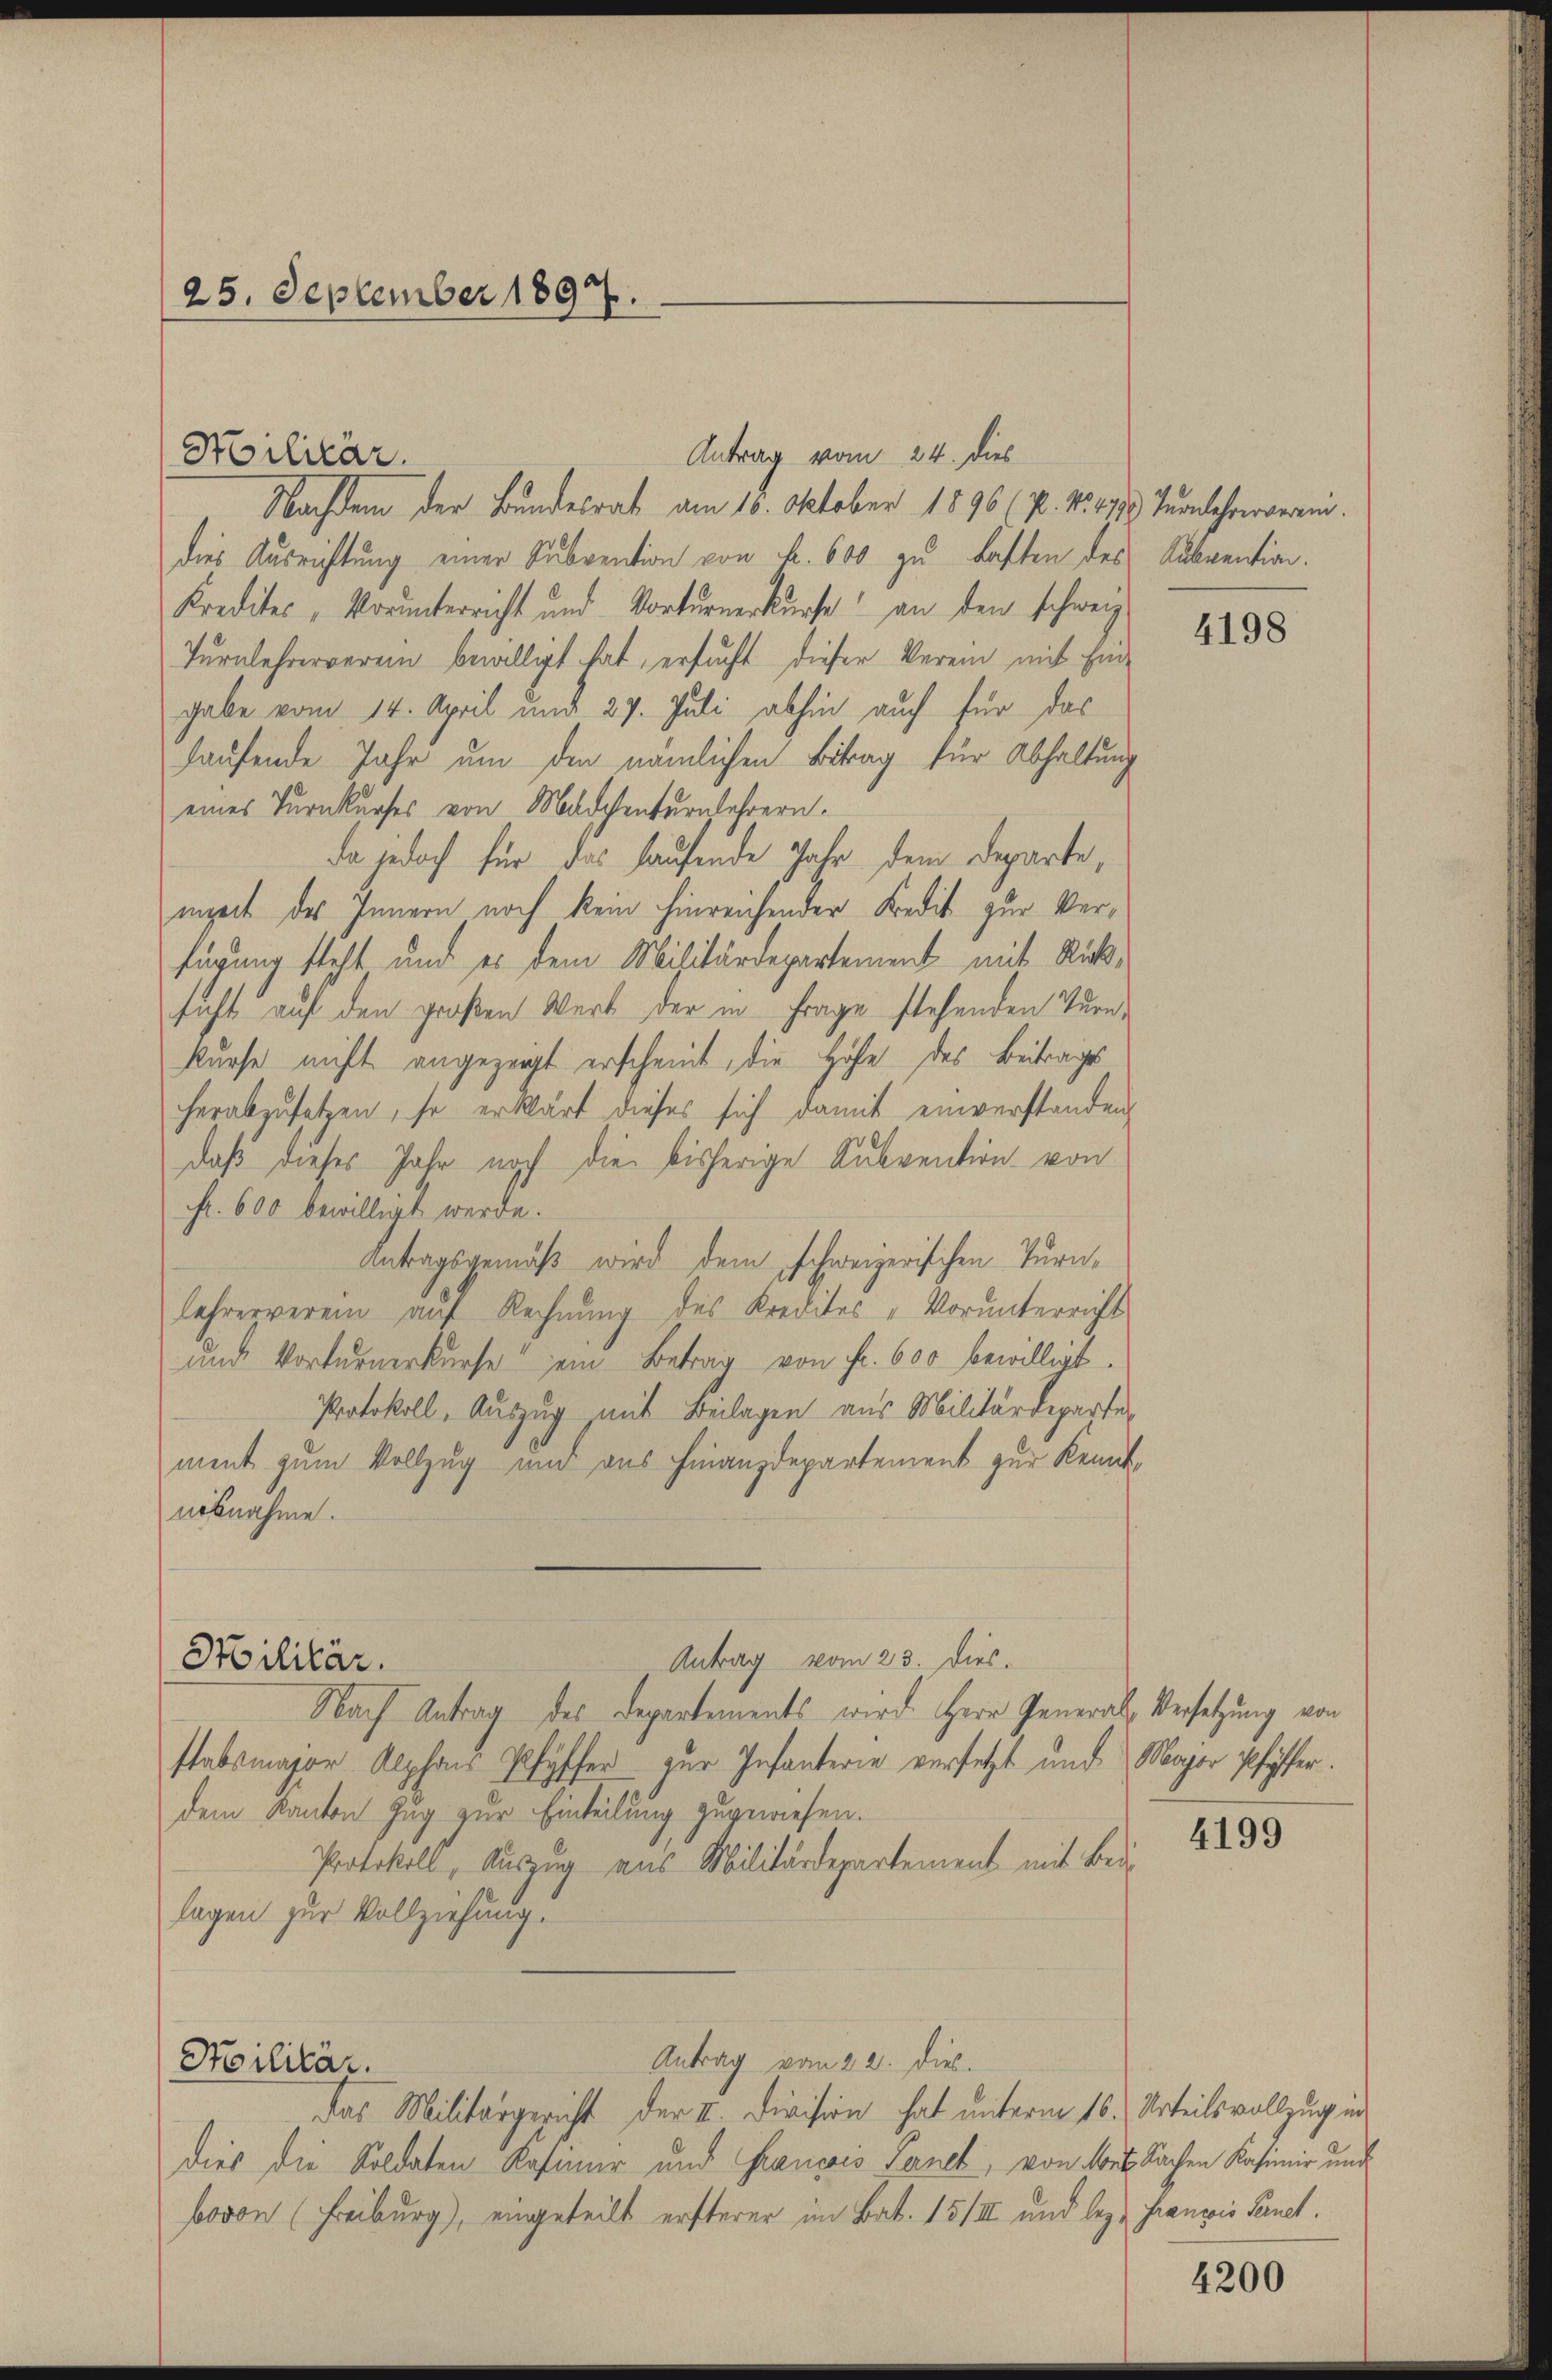
25. September 1897.

Militär.
Nachdem der Bundesrat am 16. Oktober 1896 (N. N. 278. Turnlehrerverein.
dies Ausrichtung einer Subvention von Fr. 600 zu lasten des Subvention.
Kredites, Vorunterricht und Vorturnerkurse an den schweiz
Turnlehrerverein bewilligt hat, ersucht dieser Verein mit Eingabe vom 14. April und 27. Juli abhin auch für das
haufende Jahr um den nämlichen Betrag für Abhaltung
eines Turnkurses von Mädchenturnfehrern.
da jedoch für das laufende Jahr dem Departe,
inzeit des Innern noch kein hinreichender Kredit zur Verfügung steht und es dem Militärdepartement mit Rücksicht auf den großen Wert der in Frage stehenden Turnkurse nicht angezeigt erscheint, die Höhe des Beitrages
herabzusetzen, so erklärt dieses sich damit einverstanden
daß dieses Jahr noch die bisherige Subvention von
Fr. 600 bewillirt werde.
Antragsgemäß wird dem schweizerischen Turnlehrerverein auf Rechnung des Kredites „Vorunterricht
und Vorfernerkurse ein Betrag von Fr. 600 bewilligt.
Protokoll, Auszug mit Beilagen aus Militärdeparte
ment zum Vollzug und aus Finanzdepartement zur Kenntnisnahme.
Antrag vom 23. Dies
Stilitär.
Nach Antrag des Departements wird Herr General Versetzung von
stabsmajor Alphons Pfyffer zur Infanterie versetzt und Major Pfyffer.
dem Kanton Zug zur Einteilung zugewiesen.
Protokoll, Auszug aus Militärdepartement mit Beilagen zur Vollziehung.

Antrag vom 24. dies

Antrag vom 22. die
Silitär.
das Militärgericht der II. Division hat unterm 16. Urteilsvollzug in

dies die Soldaten Kasimir und Francois Panet, von Art. Sachen Kasimir und
bovon (Freiburg), eingeteilt ersterer im Bat. 15/II und lezt francis Sanct.

4198

4199

4200